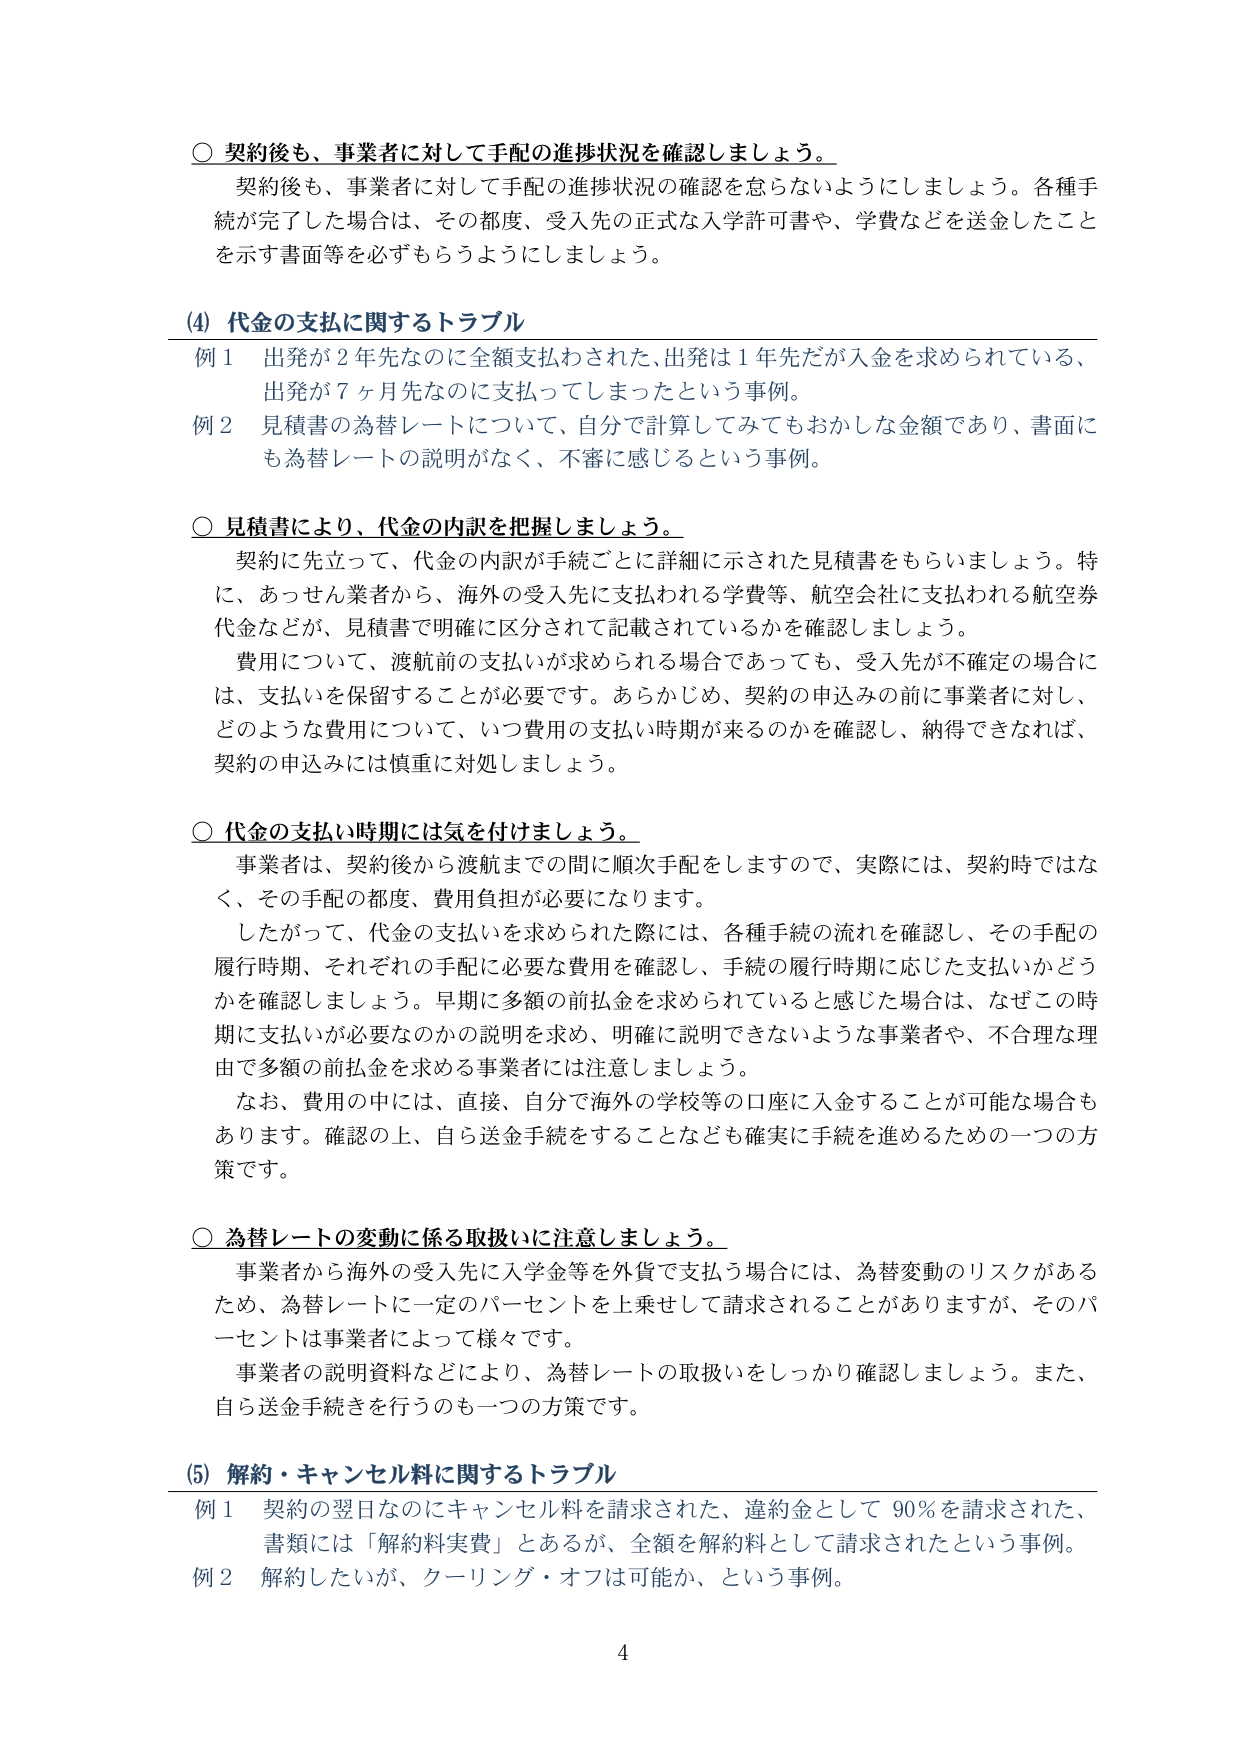
○ 契約後も、事業者に対して手配の進捗状況を確認しましょう。

契約後も、事業者に対して手配の進捗状況の確認を怠らないようにしましょう。各種手続が完了した場合は、その都度、受入先の正式な入学許可書や、学費などを送金したことを示す書面等を必ずもらうようにしましょう。

(4) 代金の支払に関するトラブル

例1 出発が2年先なのに全額支払わされた、出発は1年先だが入金を求められている、出発が7ヶ月先なのに支払ってしまったという事例。

例2 見積書の為替レートについて、自分で計算してみてもおかしな金額であり、書面にも為替レートの説明がなく、不審に感じるという事例。

○ 見積書により、代金の内訳を把握しましょう。

契約に先立って、代金の内訳が手続ごとに詳細に示された見積書をもらいましょう。特に、あっせん業者から、海外の受入先に支払われる学費等、航空会社に支払われる航空券代金などが、見積書で明確に区分されて記載されているかを確認しましょう。

費用について、渡航前の支払いが求められる場合であっても、受入先が不確定の場合には、支払いを保留することが必要です。あらかじめ、契約の申込みの前に事業者に対し、どのような費用について、いつ費用の支払い時期が来るのかを確認し、納得できなければ、契約の申込みには慎重に対処しましょう。

○ 代金の支払い時期には気を付けましょう。

事業者は、契約後から渡航までの間に順次手配をしますので、実際には、契約時ではなく、その手配の都度、費用負担が必要になります。

したがって、代金の支払いを求められた際には、各種手続の流れを確認し、その手配の履行時期、それぞれの手配に必要な費用を確認し、手続の履行時期に応じた支払いかどうかを確認しましょう。早期に多額の前払金を求められていると感じた場合は、なぜこの時期に支払いが必要なのかの説明を求め、明確に説明できないような事業者や、不合理な理由で多額の前払金を求める事業者には注意しましょう。

なお、費用の中には、直接、自分で海外の学校等の口座に入金することが可能な場合もあります。確認の上、自ら送金手続をすることなども確実に手続を進めるための一つの方策です。

○ 為替レートの変動に係る取扱いに注意しましょう。

事業者から海外の受入先に入学金等を外貨で支払う場合には、為替変動のリスクがあるため、為替レートに一定のパーセントを上乗せして請求されることがあります、そのパーセントは事業者によって様々です。

事業者の説明資料などにより、為替レートの取扱いをしっかり確認しましょう。また、自ら送金手続を行うのも一つの方策です。

(5) 解約・キャンセル料に関するトラブル

例1 契約の翌日なのにキャンセル料を請求された、違約金として90％を請求された、書類には「解約料実費」とあるが、全額を解約料として請求されたという事例。

例2 解約したいが、クーリング・オフは可能か、という事例。

4